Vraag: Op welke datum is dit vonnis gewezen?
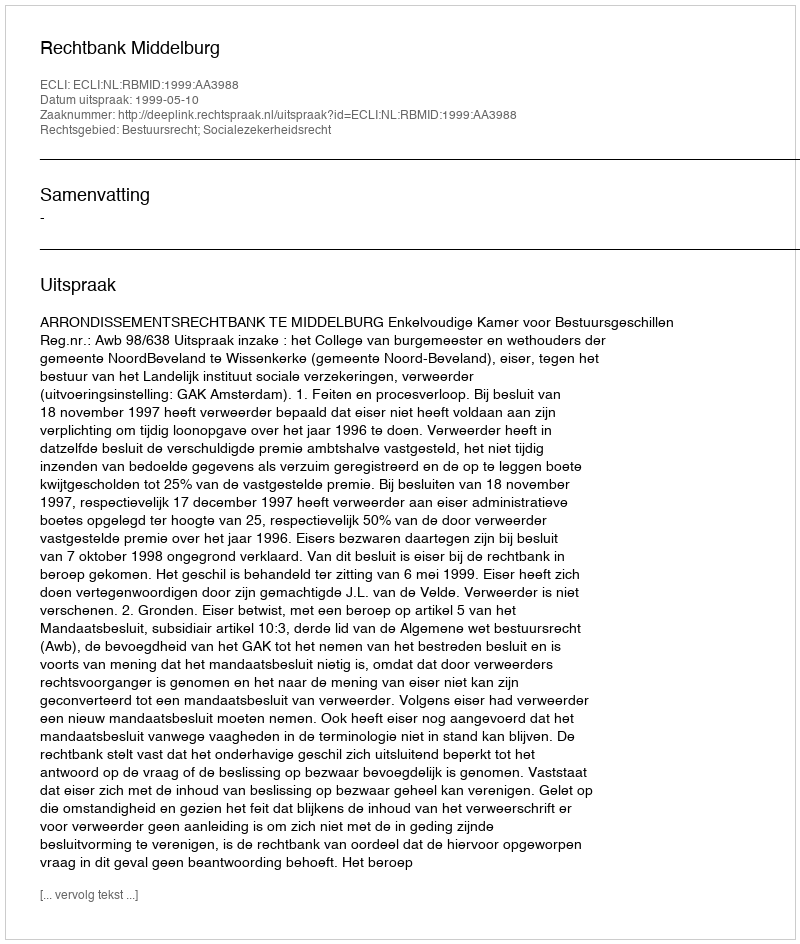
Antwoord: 1999-05-10